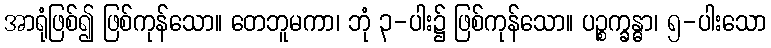
အာရုံဖြစ်၍ ဖြစ်ကုန်သော။ တေဘူမကာ၊ ဘုံ ၃-ပါး၌ ဖြစ်ကုန်သော။ ပဉ္စက္ခန္ဓာ၊ ၅-ပါးသော